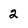
Character: 2